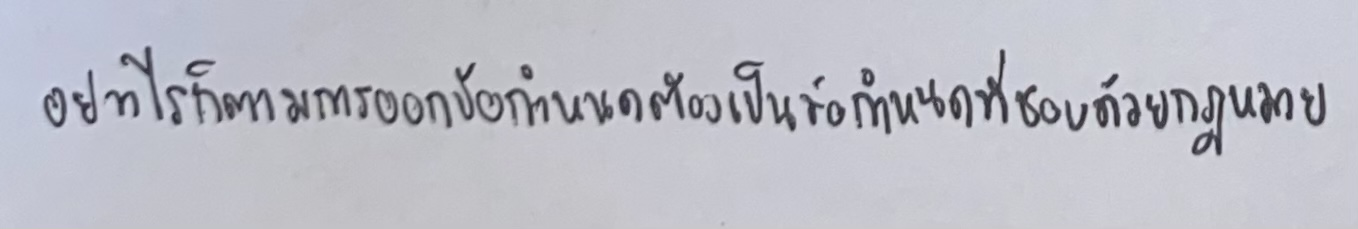
อย่างไรก็ตามการออกข้อกำหนดต้องเป็นข้อกำหนดที่ชอบด้วยกฎหมาย